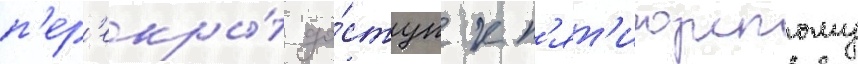
п'ер'екры́т до́ступ к п'ят'игорскому